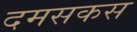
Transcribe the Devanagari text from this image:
दमसकस